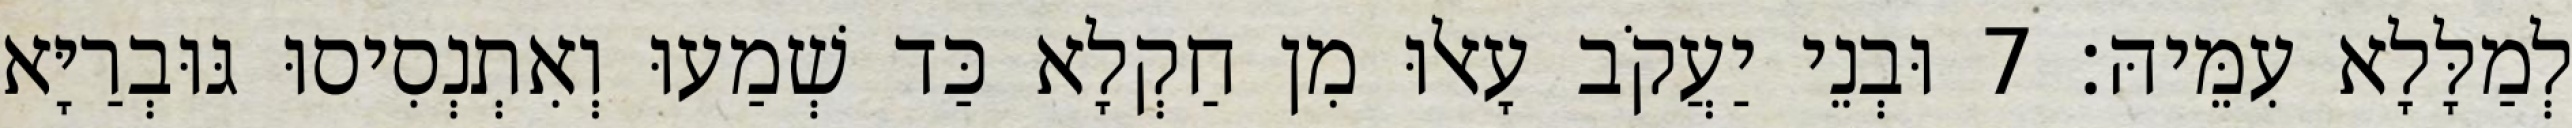
לְמַלָּלָא עִמֵּיהּ׃ 7 וּבְנֵי יַעֲקֹב עָאלוּ מִן חַקְלָא כַּד שְׁמַעוּ וְאִתְנְסִיסוּ גּוּבְרַיָּא